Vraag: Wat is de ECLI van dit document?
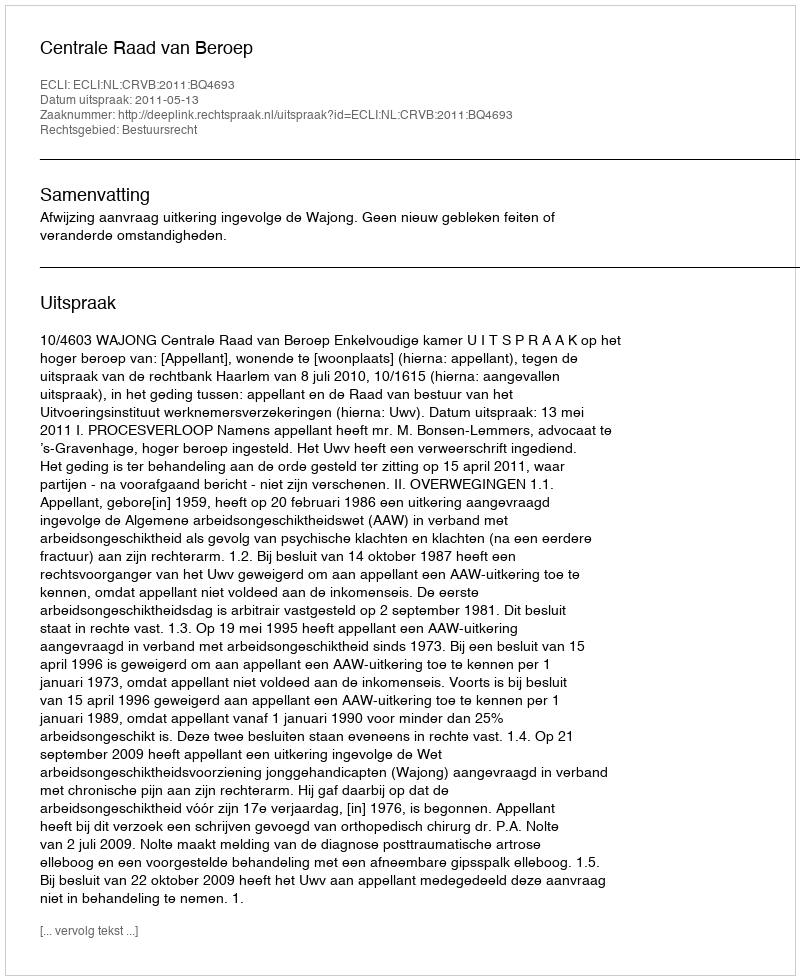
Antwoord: ECLI:NL:CRVB:2011:BQ4693